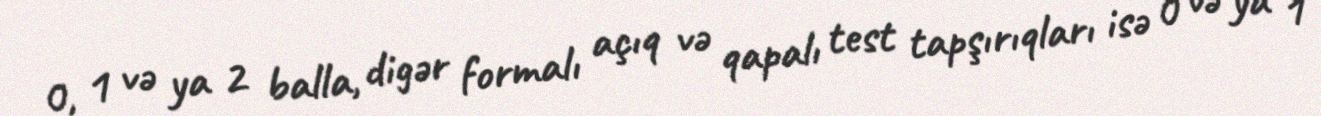
0, 1 və ya 2 balla, digər formalı açıq və qapalı test tapşırıqları isə 0 və ya 1